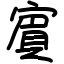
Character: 賔